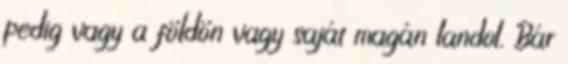
pedig vagy a földön vagy saját magán landol. Bár